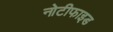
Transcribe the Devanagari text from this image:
नोटीफाइड